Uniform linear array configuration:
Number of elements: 24
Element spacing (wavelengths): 1
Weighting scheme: hamming
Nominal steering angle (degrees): -60
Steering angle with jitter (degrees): -61.502
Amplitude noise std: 0.05
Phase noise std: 0.05

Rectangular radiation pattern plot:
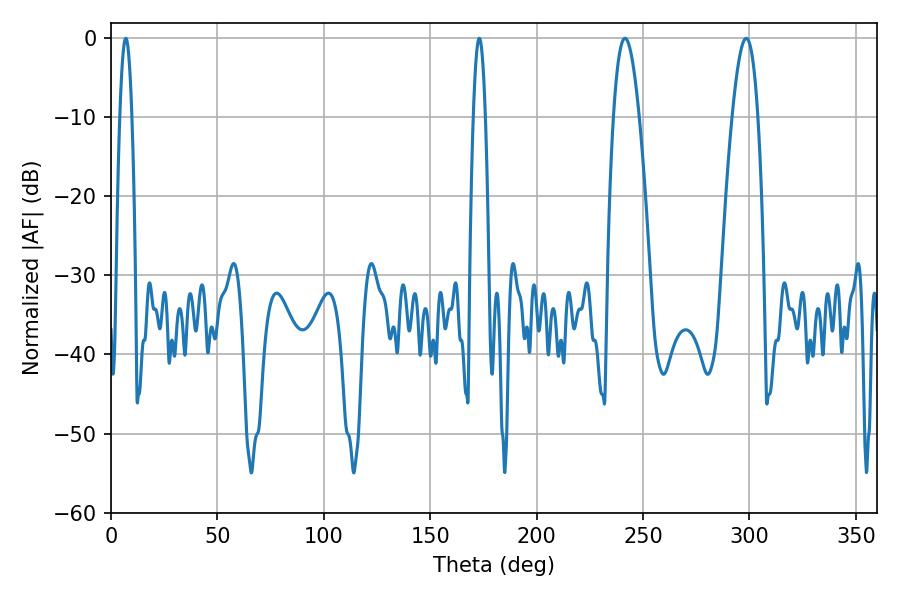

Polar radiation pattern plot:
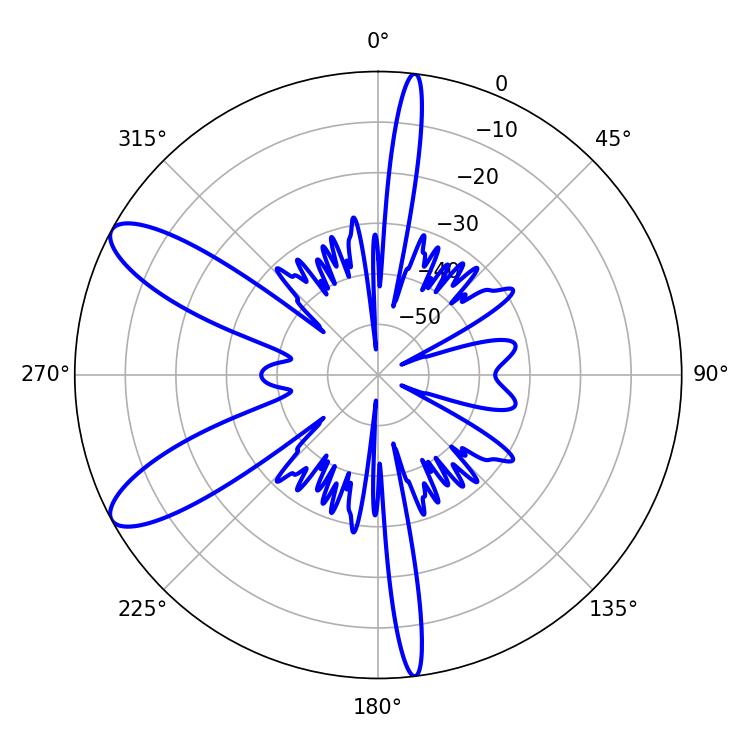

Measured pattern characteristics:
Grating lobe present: TRUE
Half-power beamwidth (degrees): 6.66
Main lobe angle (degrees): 298.44